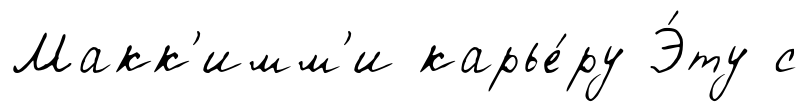
Макк'имм'и карье́ру Э́ту с